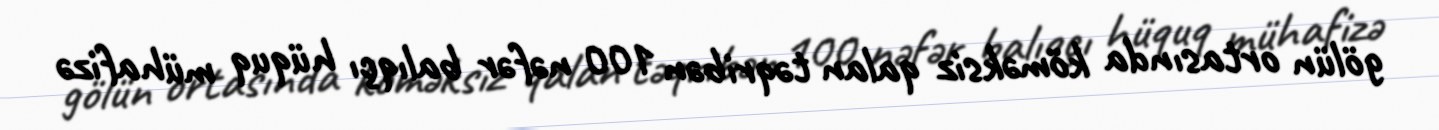
gölün ortasında köməksiz qalan təqribən 100 nəfər balıqçı hüquq mühafizə